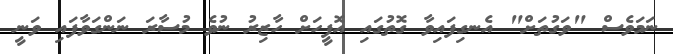
ނަމަވެސް "ވަގުތަށް" އެނގިފައިވާ ގޮތުގައި އޮފީހަށް ހާޒިރު ނުވެ މުސާރަ ނަންގަވާފައި ވަނީ